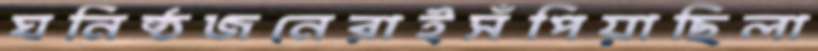
ঘনিষ্ঠজনেরাইসঁপিয়াছিলা